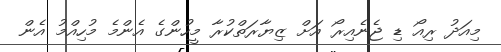
މިއަދު ރިއޯ ޑި ޖެނެއިރޯ އަށް ޒިޔާރަތްކުރާ މީހުންގެ އެންމެ މުހިއްމު އެން